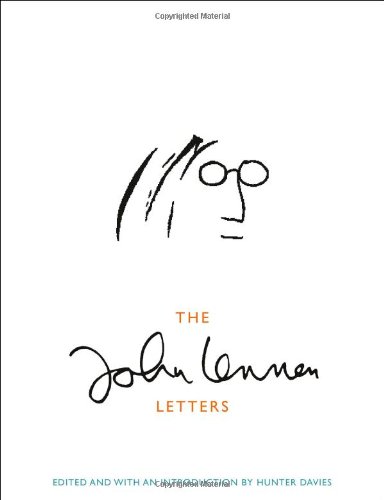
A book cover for The John Lennon Letters; John Lennon; Literature & Fiction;